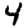
Digit: 4